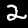
Digit: 2